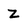
Character: Z